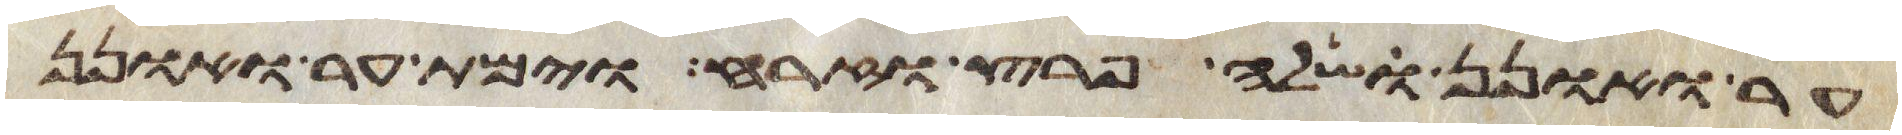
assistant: ער ואונן שלה פרץ וזרח וימת ער ואונן